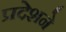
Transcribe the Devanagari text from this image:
प्रदेशने